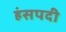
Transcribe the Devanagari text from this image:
हंसपदी